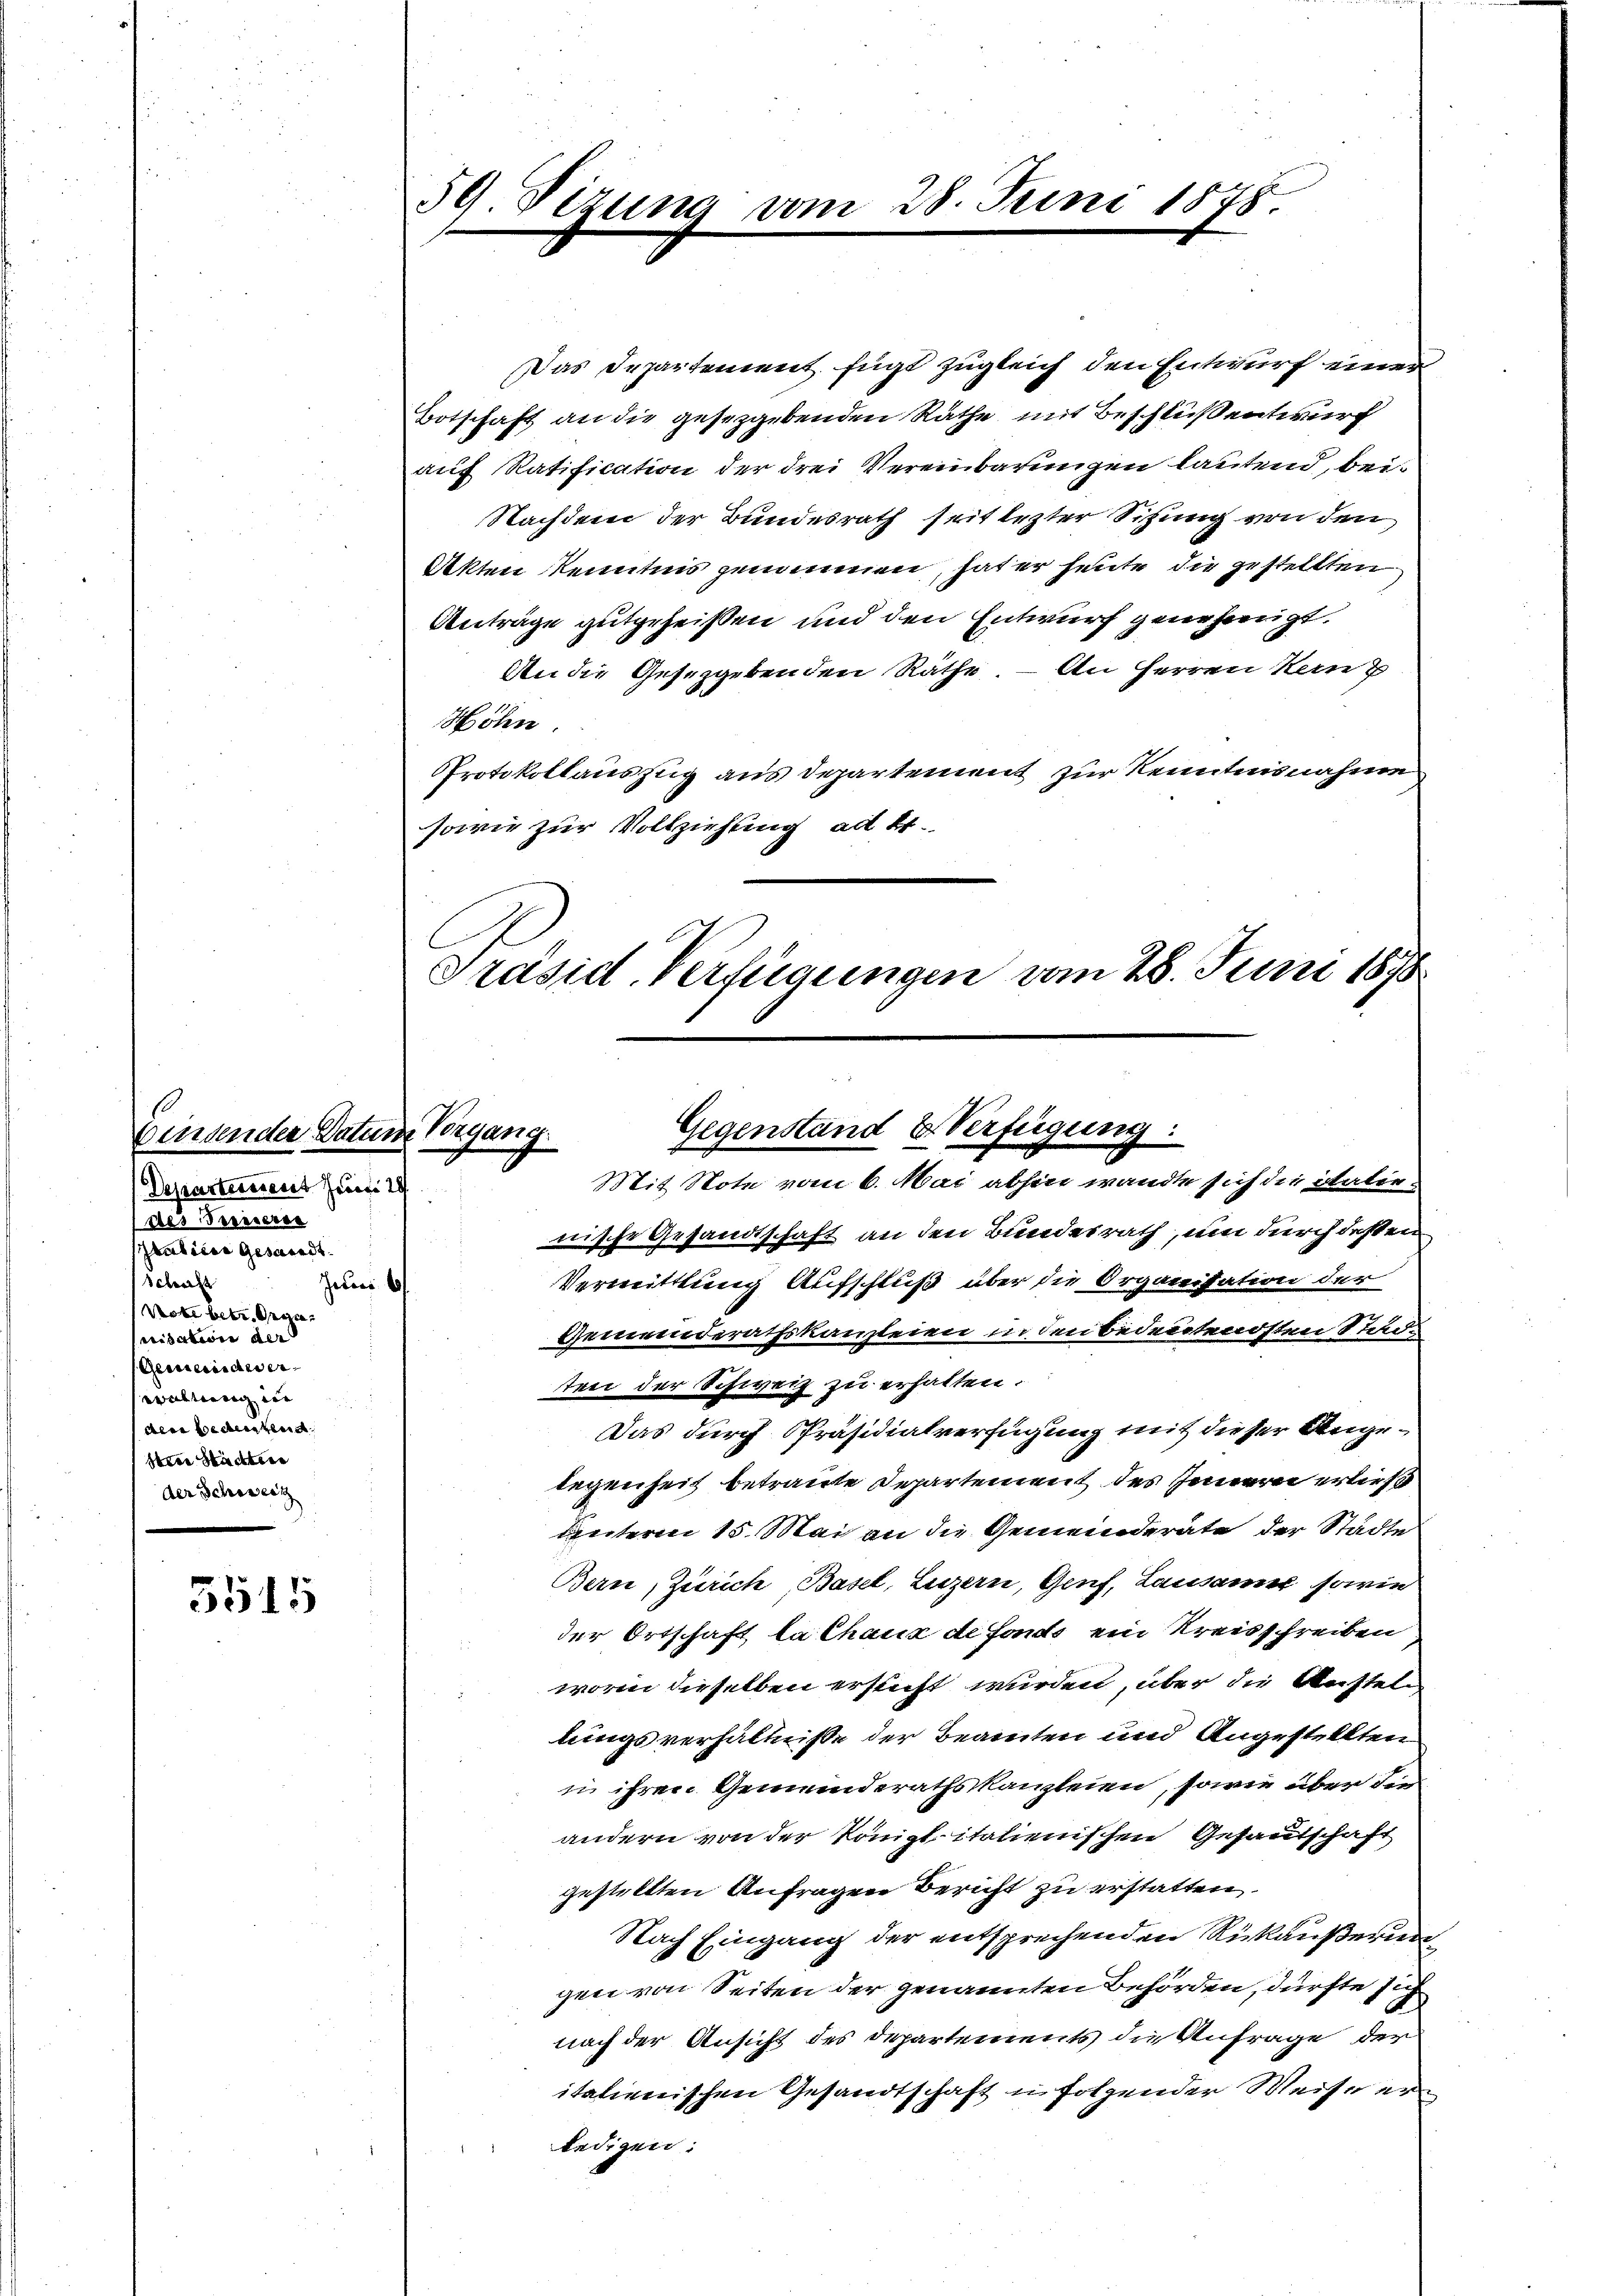
Einsender Datum Vorgang.
Departerrent Juli 19
des Bereueren
Prabiere Gesandt.
Schaft
Juni b
Note betr. Sege
nisation der
Gemeinde er- |
waltung in
dere Bedenken
Itten Stärkten
der Schweiz

5545

59 Tizung vom 28. Juni 1878.

Das Departement fügt zugleich den Entwurf einer
Botschaft an die gesetzgebenden Räthe mit Beschluß entwurf
auf Ratification der drei Vereinbarungen lautend, bei¬
Nachdem der Bundesrath seit lezter Sitzung von den
Akten Kenntnis genommen, hat er heute die gestellten
Anträge gutgeheißen und den Entwurf genehmigt.
An die Gesetzgebenden Räthe – An Herren Kanz
Höhn.
Protokollauszug aus Departement zur Kenntnisnahme
sowie zur Vollziehung ad 4.
Präsid. Verfügungen vom 28. Juni 1878

Gegenstand & Verfügung:

Mit Note vom 6. Mai abhin wandte sich die italienische Gesandtschaft an den Bundesrath, um durch deßen
Vermittlung Aufschluß über die Organisation der
Gemeinderathskanzleien in den Bedeutendsten Stadt
ten der Schweiz zu erhalten.
Das durch Präsidialverfügung mit dieser Angelegenheit betraute Departement des Innern erließ
Unterm 15. Mai an die Gemeinderäte der Städte
Bern, Zürich, Basel, Luzern, Genf, Lausamer sowie
der Ortschaft la Chaux de fonds ein Kreisschreiben
worin dieselben ersticht wurden, über die Austellungsverhältniße der Beamten und Angestellten
in ihren Gemeinderathskanzleien, sowie über die
andern von der königl. italienischen Gesandschaft
gestellten Anfragen Bericht zu erstatten.
Nach Eingang der entsprechenden Rükäußerung
gen von Seiten der genannten Behörden, dürfte sich
nach der Ansicht des Departements die Anfrage der
italienischen Gesandtschaft u. folgender Weise er
ledigen.